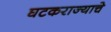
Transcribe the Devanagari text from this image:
घटकराज्याचे